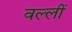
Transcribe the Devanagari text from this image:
वल्लीं